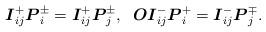
LaTeX: \begin{align*}\boldsymbol{I}_{ij}^{+}\boldsymbol{P}_{i}^{\pm }=\boldsymbol{I}_{ij}^{+}\boldsymbol{P}_{j}^{\pm },\;\;\boldsymbol{OI}_{ij}^{-}\boldsymbol{P}_{i}^{+}=\boldsymbol{I}_{ij}^{-}\boldsymbol{P}_{j}^{\mp }.\end{align*}